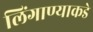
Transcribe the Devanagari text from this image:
लिंगाण्याकडे